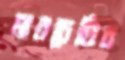
মারচেত্তির